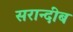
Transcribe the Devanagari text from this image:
सरान्दीब